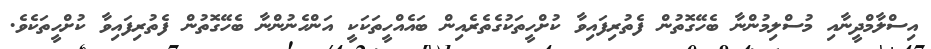
އިސްލާމްދީނާއި މުސްލިމުންނާ ބެހޭގޮތުން ފެތުރިފައިވާ ކުށްހީތަކުގެތެރެއިން ބައެއްހީތަކަކީ އަންހެނުންނާ ބެހޭގޮތުން ފެތުރިފައިވާ ކުށްހީތަކެވެ.